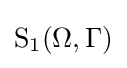
{\text{S}}_{1}(\Omega ,\Gamma )